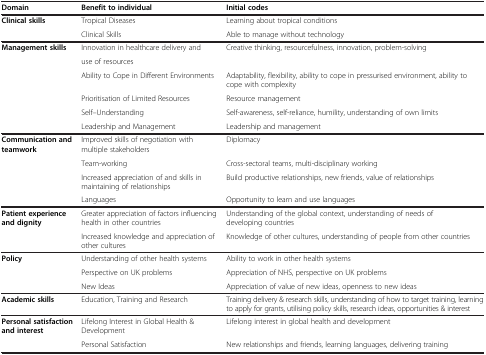
<table><thead><tr><td><b>Domain</b></td><td><b>Benefit to individual</b></td><td><b>Initial codes</b></td></tr></thead><tbody><tr><td><b>Clinical skills</b></td><td>Tropical Diseases</td><td>Learning about tropical conditions</td></tr><tr><td> </td><td>Clinical Skills</td><td>Able to manage without technology</td></tr><tr><td><b>Management skills</b></td><td>Innovation in healthcare delivery and</td><td>Creative thinking, resourcefulness, innovation, problem-solving</td></tr><tr><td> </td><td>use of resources</td><td> </td></tr><tr><td> </td><td>Ability to Cope in Different Environments</td><td>Adaptability, flexibility, ability to cope in pressurised environment, ability to cope with complexity</td></tr><tr><td> </td><td>Prioritisation of Limited Resources</td><td>Resource management</td></tr><tr><td> </td><td>Self–Understanding</td><td>Self-awareness, self-reliance, humility, understanding of own limits</td></tr><tr><td> </td><td>Leadership and Management</td><td>Leadership and management</td></tr><tr><td><b>Communication and teamwork</b></td><td>Improved skills of negotiation with multiple stakeholders</td><td>Diplomacy</td></tr><tr><td> </td><td>Team-working</td><td>Cross-sectoral teams, multi-disciplinary working</td></tr><tr><td> </td><td>Increased appreciation of and skills in maintaining of relationships</td><td>Build productive relationships, new friends, value of relationships</td></tr><tr><td> </td><td>Languages</td><td>Opportunity to learn and use languages</td></tr><tr><td><b>Patient experience and dignity</b></td><td>Greater appreciation of factors influencing health in other countries</td><td>Understanding of the global context, understanding of needs of developing countries</td></tr><tr><td> </td><td>Increased knowledge and appreciation of other cultures</td><td>Knowledge of other cultures, understanding of people from other countries</td></tr><tr><td><b>Policy</b></td><td>Understanding of other health systems</td><td>Ability to work in other health systems</td></tr><tr><td> </td><td>Perspective on UK problems</td><td>Appreciation of NHS, perspective on UK problems</td></tr><tr><td> </td><td>New Ideas</td><td>Appreciation of value of new ideas, openness to new ideas</td></tr><tr><td><b>Academic skills</b></td><td>Education, Training and Research</td><td>Training delivery &amp; research skills, understanding of how to target training, learning to apply for grants, utilising policy skills, research ideas, opportunities &amp; interest</td></tr><tr><td><b>Personal satisfaction and interest</b></td><td>Lifelong Interest in Global Health &amp; Development</td><td>Lifelong interest in global health and development</td></tr><tr><td> </td><td>Personal Satisfaction</td><td>New relationships and friends, learning languages, delivering training</td></tr></tbody></table>